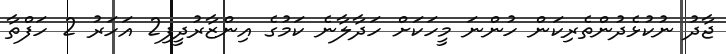
ޖާދު ނުކުޅެދުންތެރިކަން ހުންނަ މީހަކަށް ހަދާލާނެ ކަމުގެ އިންޒާރުދީފި2 އަހަރު 2 ހަފްތާ